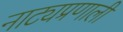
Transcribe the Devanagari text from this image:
नाट्यप्रणाली